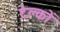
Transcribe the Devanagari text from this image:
टेल्कों